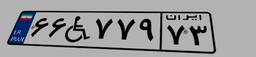
۱۲W۳۸۰۰۷